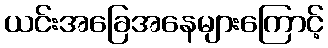
ယင်းအခြေအနေများကြောင့်